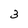
Character: 3